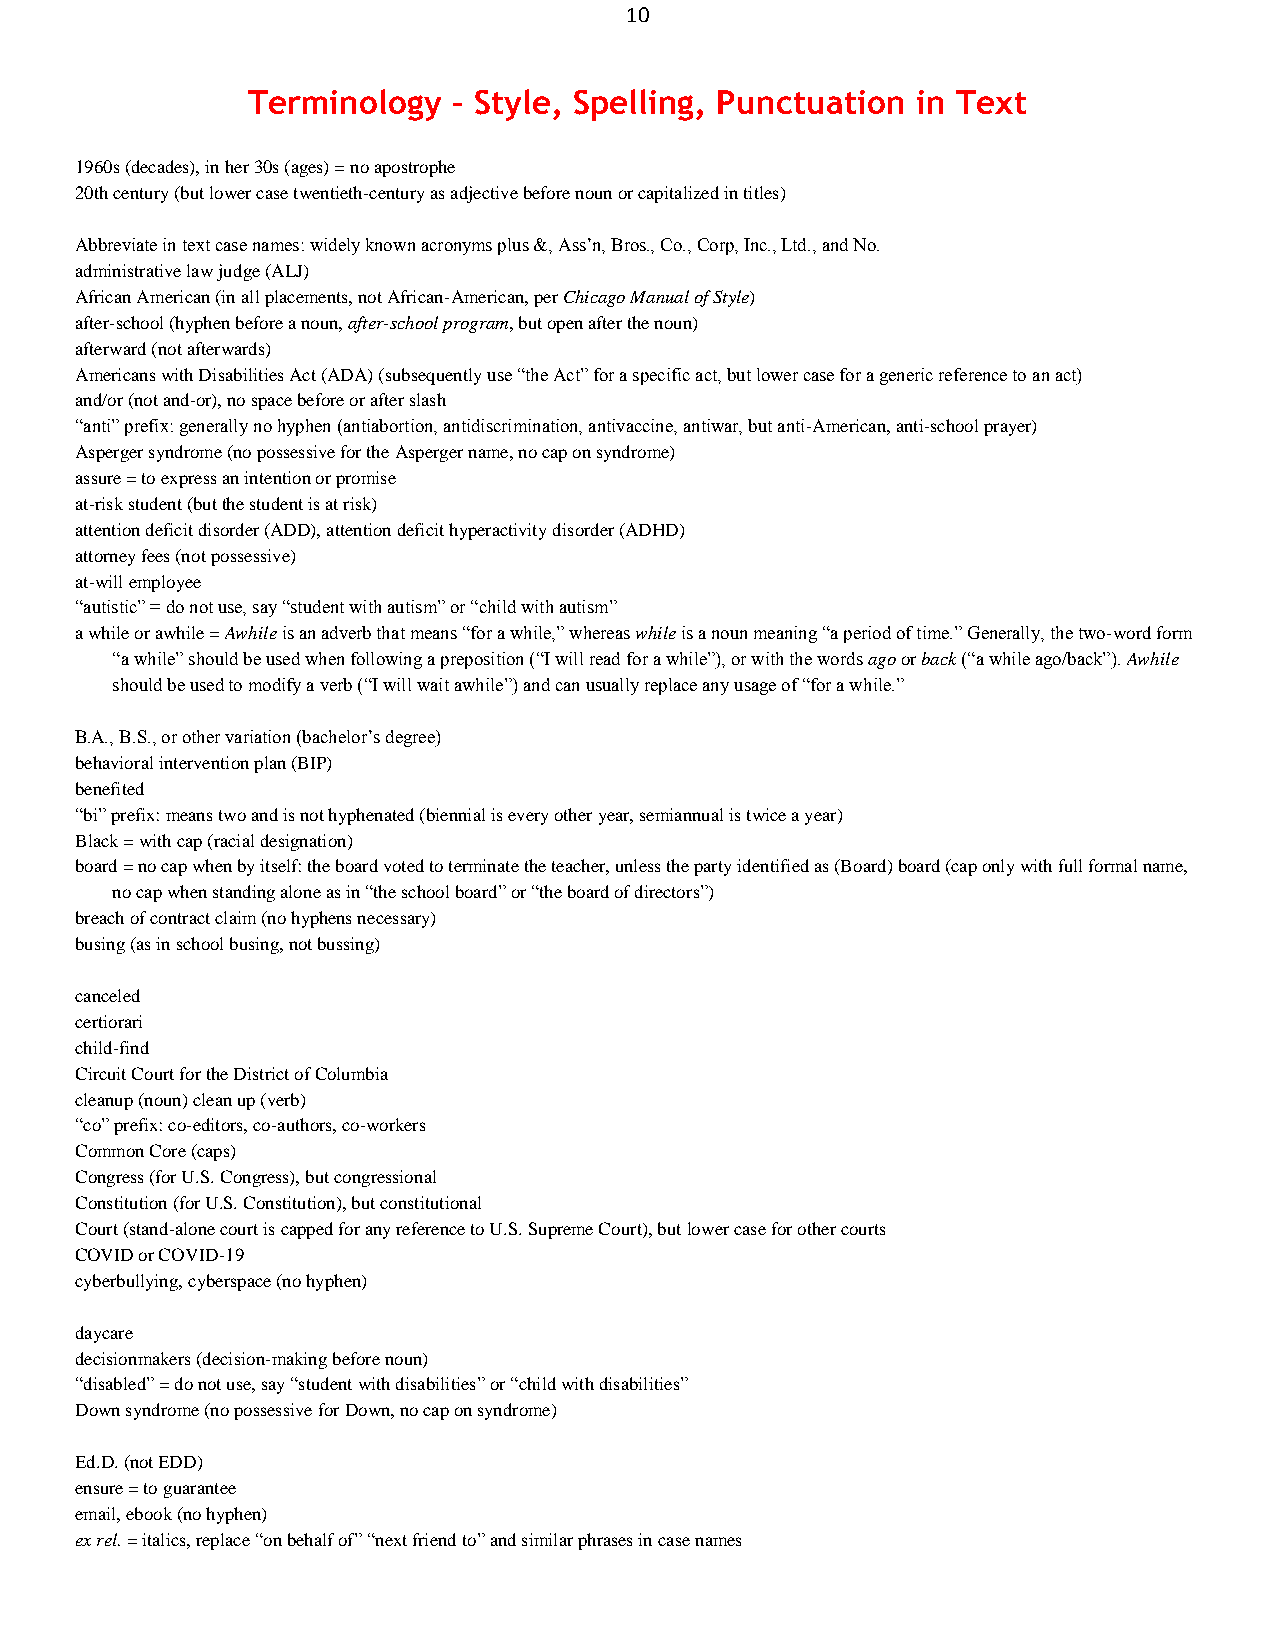
10
 Terminology   – Style, Spelling, Punctuation in Text
 1960s (decades), in her 30s (ages) = no apostrophe
 20th century (but lower case twentieth-century as adjective before noun or capitalized in titles)
 Abbreviate in text case names: widely known acronyms plus &, Ass’n, Bros., Co., Corp, Inc., Ltd., and No.
 administrative law judge (ALJ)
 African American (in all placements, not African-American, per Chicago Manual of Style)
 after-school (hyphen before a noun, after-school program, but open after the noun)
 afterward (not afterwards)
 Americans with Disabilities Act (ADA) (subsequently use ―the Act‖ for a specific act, but lower case for a generic reference to an act)
 and/or (not and-or), no space before or after slash
 ―anti‖ prefix: generally no hyphen (antiabortion, antidiscrimination, antivaccine, antiwar, but anti-American, anti-school prayer)
 Asperger syndrome (no possessive for the Asperger name, no cap on syndrome)
 assure = to express an intention or promise
 at-risk student (but the student is at risk)
 attention deficit disorder (ADD), attention deficit hyperactivity disorder (ADHD)
 attorney fees (not possessive)
 at-will employee
 ―autistic‖ = do not use, say ―student with autism‖ or ―child with autism‖
 a while or awhile = Awhile is an adverb that means ―for a while,‖ whereas while is a noun meaning ―a period of time.‖ Generally, the two-word form
 ―a while‖ should be used when following a preposition (―I will read for a while‖), or with the words ago or back (―a while ago/back‖). Awhile
 should be used to modify a verb (―I will wait awhile‖) and can usually replace any usage of ―for a while.‖
 B.A., B.S., or other variation (bachelor’s degree)
 behavioral intervention plan (BIP)
 benefited
 ―bi‖ prefix: means two and is not hyphenated (biennial is every other year, semiannual is twice a year)
 Black = with cap (racial designation)
 board = no cap when by itself: the board voted to terminate the teacher, unless the party identified as (Board) board (cap only with full formal name,
 no cap when standing alone as in ―the school board‖ or ―the board of directors‖)
 breach of contract claim (no hyphens necessary)
 busing (as in school busing, not bussing)
 canceled
 certiorari
 child-find
 Circuit Court for the District of Columbia
 cleanup (noun) clean up (verb)
 ―co‖ prefix: co-editors, co-authors, co-workers
 Common Core (caps)
 Congress (for U.S. Congress), but congressional
 Constitution (for U.S. Constitution), but constitutional
 Court (stand-alone court is capped for any reference to U.S. Supreme Court), but lower case for other courts
 COVID or COVID-19
 cyberbullying, cyberspace (no hyphen)
 daycare
 decisionmakers (decision-making before noun)
 ―disabled‖ = do not use, say ―student with disabilities‖ or ―child with disabilities‖
 Down syndrome (no possessive for Down, no cap on syndrome)
 Ed.D. (not EDD)
 ensure = to guarantee
 email, ebook (no hyphen)
 ex rel. = italics, replace ―on behalf of‖ ―next friend to‖ and similar phrases in case names